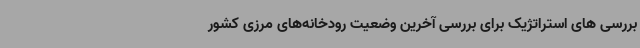
بررسی های استراتژیک برای بررسی آخرین وضعیت رودخانه‌های مرزی کشور